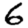
Digit: 6